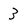
Character: 3